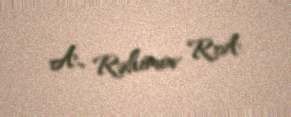
A., Rəhimov R.A.